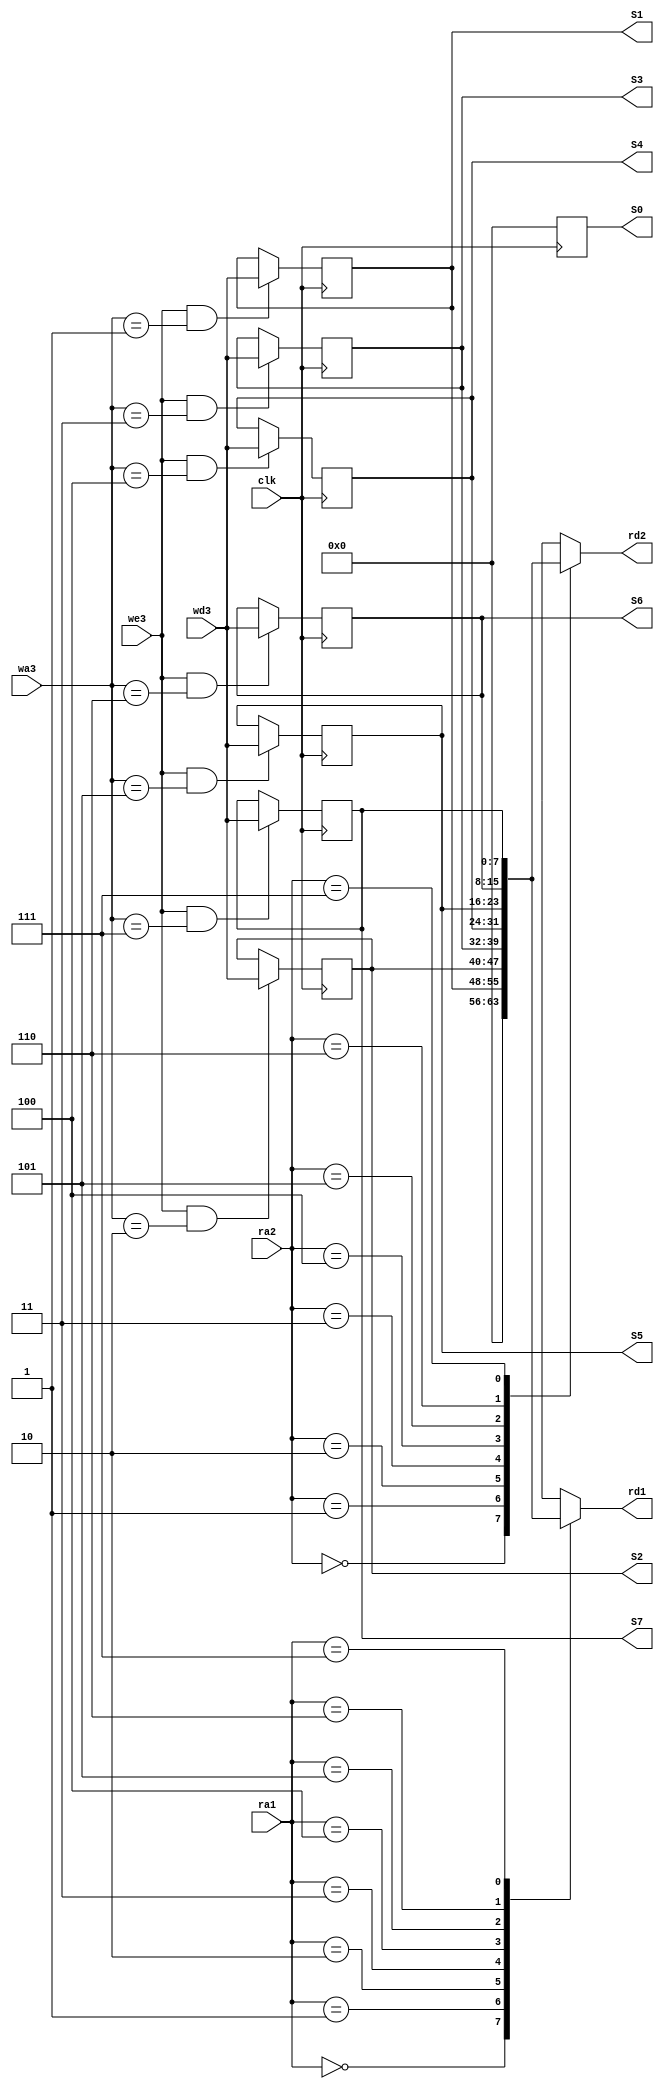
module RegisterFile(input [7:0] wd3, //Write Data
						  input clk, we3,  //Clock and Write Enable
                    input [2:0] wa3, ra1, ra2, //Write Adress, Register  Data 1 and Register Data 2
                    output reg [7:0] rd1, rd2, //Register Adress 1 and Register Adress 2
						  output [7:0] S0, S1, S2, S3, S4, S5, S6, S7); // Auxiliar Variables
						  reg [7:0]  R0, R1, R2, R3, R4, R5, R6, R7; // Register
						  
	 assign S0 = R0;
    assign S1 = R1;
    assign S2 = R2;
    assign S3 = R3;
    assign S4 = R4;
    assign S5 = R5;
    assign S6 = R6;
    assign S7 = R7;
							
	 always @(posedge clk) begin
		  // Registering
				R0 = 0;
		  if (we3 & (wa3 == 1))
				R1 = wd3;
		  if (we3 & (wa3 == 2))
				R2 = wd3;
		  if (we3 & (wa3 == 3))
				R3 = wd3;
		  if (we3 & (wa3 == 4))
				R4 = wd3;
		  if (we3 & (wa3 == 5))
				R5 = wd3;
		  if (we3 & (wa3 == 6))
				R6 = wd3;
		  if (we3 & (wa3 == 7))
				R7 = wd3;
	 end
		 
    always @(*) begin
		  // MUX 1
		  // Register Data 1 Values
		  case (ra1)
				3'b000: rd1 = 0;
				3'b001: rd1 = R1;
				3'b010: rd1 = R2;
				3'b011: rd1 = R3;
				3'b100: rd1 = R4;
				3'b101: rd1 = R5;
				3'b110: rd1 = R6;
				3'b111: rd1 = R7;
		  endcase
		  
		  case (ra2)
				3'b000: rd2 = 0;
				3'b001: rd2 = R1;
				3'b010: rd2 = R2;
				3'b011: rd2 = R3;
				3'b100: rd2 = R4;
				3'b101: rd2 = R5;
				3'b110: rd2 = R6;
				3'b111: rd2 = R7;
		  endcase
	end 
endmodule